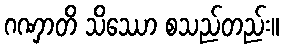
ဂဏှာတိ သိဿော စသည်တည်း။